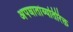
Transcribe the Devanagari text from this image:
अपघातांव्यतिरिक्त